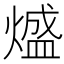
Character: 𭵵